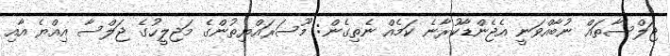
ޖަލްސާތައް ނުބާއްވަނީ އެޖެންޑާކުރާނެ ކަމެއް ނެތިގެން: މޫސަރައްޔިތުންގެ މަޖިލީހުގެ ޖަލްސާ އިއްޔެ އާއި